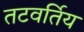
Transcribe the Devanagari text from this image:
तटवर्तिय